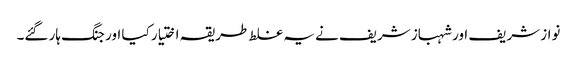
نواز شریف اور شہباز شریف نے یہ غلط طریقہ اختیار کیا اور جنگ ہار گئے۔